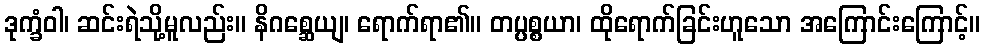
ဒုက္ခံဝါ၊ ဆင်းရဲသို့မူလည်း။ နိဂစ္ဆေယျ၊ ရောက်ရာ၏။ တပ္ပစ္စယာ၊ ထိုရောက်ခြင်းဟူသော အကြောင်းကြောင့်။